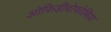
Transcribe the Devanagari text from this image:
ओफिडीवोफोबिया